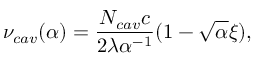
\nu _ { c a v } ( \alpha ) = \frac { N _ { c a v } c } { 2 \lambda \alpha ^ { - 1 } } ( 1 - \sqrt { \alpha } \xi ) ,